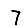
Digit: 7